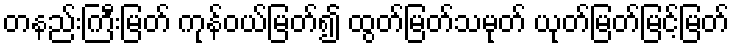
တနည်းကြီးမြတ် ကုန်ဝယ်မြတ်၍ ထွတ်မြတ်သမုတ် ယုတ်မြတ်မြင့်မြတ်